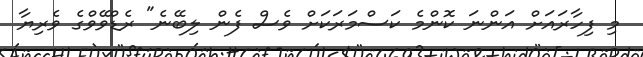
މި ފިހާރައަށް އަންނަ ކޮންމެ ކަސްމަރަކަށް ވެސް ފެން ލިބޭނެ" ރެޑްވޭވްގެ ވެރިޔާ